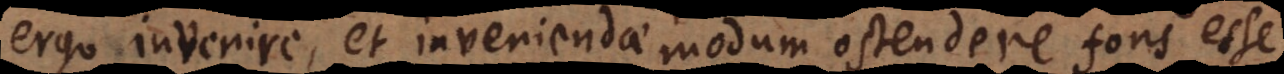
ergo invenire et inveniendae modum ostendere fons esse